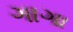
ગાગા